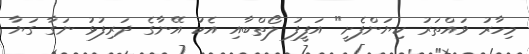
މިހާރު ވައްތަރު ކިޔަންފެށީ" އަފީފު ލޯތްބާއި އެކު އޭނާގެ ދަރިފުޅު ނަގާ ގަޔާ